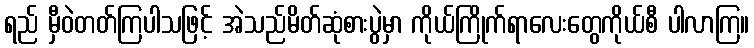
ရည် မှီဝဲတတ်ကြပါသဖြင့် အဲသည်မိတ်ဆုံစားပွဲမှာ ကိုယ်ကြိုက်ရာလေးတွေကိုယ်စီ ပါလာကြ။